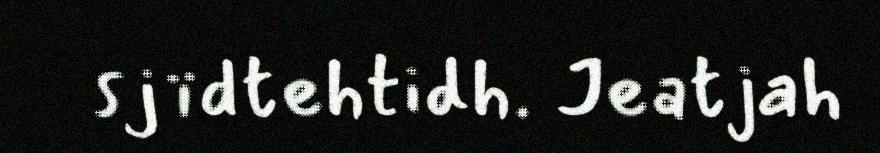
sjïdtehtidh. Jeatjah